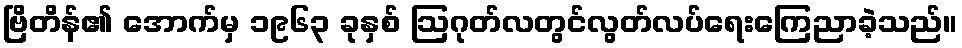
ဗြိတိန်၏ အောက်မှ ၁၉၆၃ ခုနှစ် ဩဂုတ်လတွင်လွတ်လပ်ရေးကြေညာခဲ့သည်။